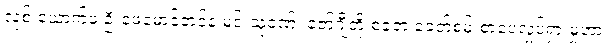
လုစ် ယောက်ဖ ဦးဖေမောင်တင်နဲ့ မင်းသုဝဏ်၊ ဇော်ဂျီတို့ စခဲ့တဲ့ ခေတ်စမ်းစာပေလှုပ်ရှားမှုဟာ